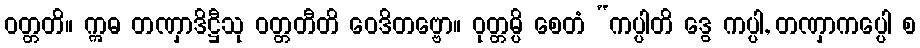
ဝတ္တတိ။ ဣဓ တဏှာဒိဋ္ဌီသု ဝတ္တတီတိ ဝေဒိတဗ္ဗော။ ဝုတ္တမ္ပိ စေတံ “ကပ္ပါတိ ဒွေ ကပ္ပါ, တဏှာကပ္ပေါ စ